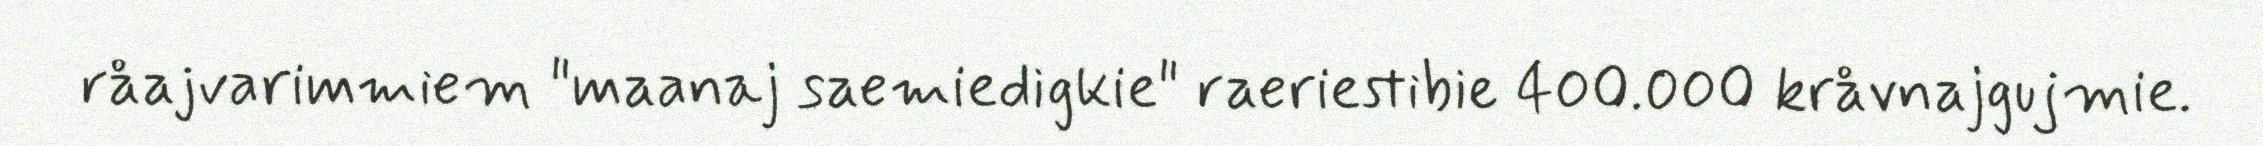
råajvarimmiem "maanaj saemiedigkie" raeriestibie 400.000 kråvnajgujmie.